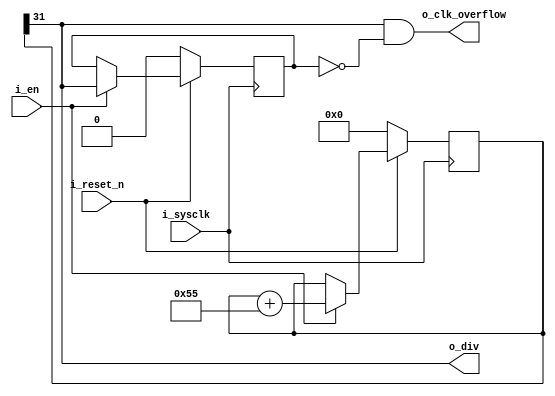
/*
 * sysclk_divider.v
 * use a fractional divider to get an aproximate 1Hz clock output
 * from a SYS_CLK_HZ input clock (default is 50MHz)
 */

`timescale 1ns / 1ns
`default_nettype none

module sysclk_divider (
    i_sysclk,       // fast system clock (~50MHz)
    i_reset_n,      // syncronous reset
    i_en,           // enable output
    o_div,          // divided output signal 
    o_clk_overflow  // 1 sysclk period pulse on counter overflow
);
parameter        SYS_CLK_HZ = 50_000_000;
parameter        OUT_CLK_HZ = 1; 
parameter [31:0] INCRIMENT  = (1<<30)/((SYS_CLK_HZ/OUT_CLK_HZ)/4);

input  wire i_sysclk;
input  wire i_reset_n;
input  wire i_en;
output wire o_div;
output wire o_clk_overflow;

reg [31:0] counter = 0;

assign o_div = counter[31];

always @(posedge i_sysclk)
begin
	if (!i_reset_n)
        begin
		counter <= 0;
	end
	else if (i_en)
        begin
		counter <= counter + INCRIMENT;
	end
end

reg prev_out = 0;
always @(posedge i_sysclk)
begin
    if (!i_reset_n)
    begin
        prev_out <= 0;
    end
    else if (i_en)
    begin
        prev_out <= o_div;
    end
end

assign o_clk_overflow = o_div & !prev_out;

endmodule